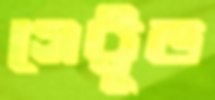
গেট্টুড